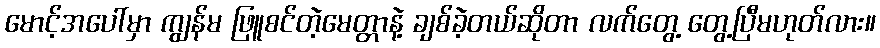
မောင့်အပေါ်မှာ ကျွန်မ ဖြူစင်တဲ့မေတ္တာနဲ့ ချစ်ခဲ့တယ်ဆိုတာ လက်တွေ့ တွေ့ပြီမဟုတ်လား။